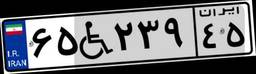
۶۱W۱۳۱۱۷